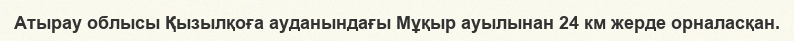
Атырау облысы Қызылқоға ауданындағы Мұқыр ауылынан 24 км жерде орналасқан.